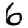
Digit: 6